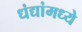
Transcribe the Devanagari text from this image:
धंद्यांमध्ये